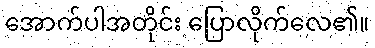
အောက်ပါအတိုင်း ပြောလိုက်လေ၏။